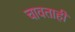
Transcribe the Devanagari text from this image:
चावताही